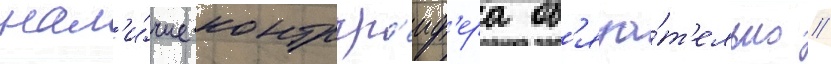
нал'и́чие контргр'еиф'ера об'яза́т'ельно //